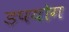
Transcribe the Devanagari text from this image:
डपयोग